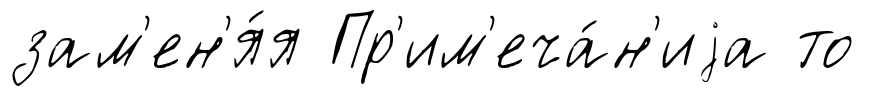
зам'ен'я́я Пр'им'еча́н'иjа то